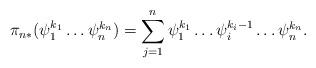
LaTeX: \begin{align*} \pi_{n*}(\psi_1^{k_1}\dots\psi_n^{k_n})=\sum_{j=1}^n \psi_1^{k_1}\dots \psi_i^{k_i-1}\dots \psi_n^{k_n}.\end{align*}